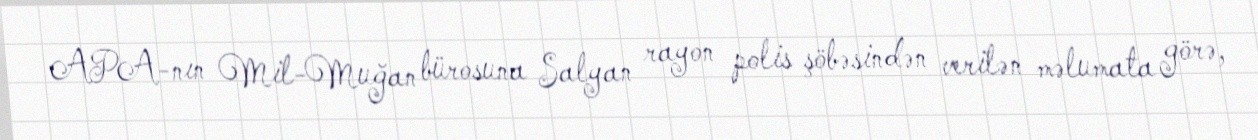
APA-nın Mil-Muğan bürosuna Salyan rayon polis şöbəsindən verilən məlumata görə,